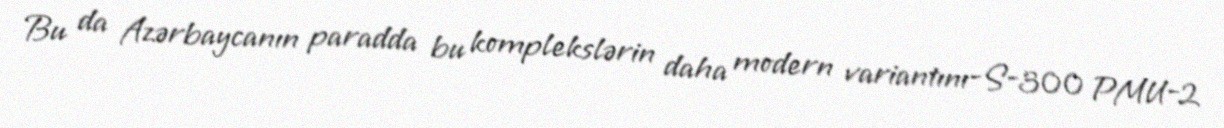
Bu da Azərbaycanın paradda bu komplekslərin daha modern variantını-S-300 PMU-2